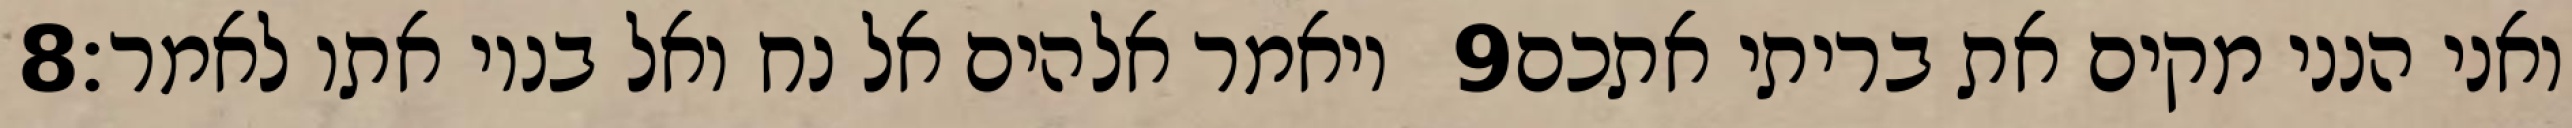
‎8‏ ויאמר אלהים אל נח ואל בניו אתו לאמר׃ ‎9‏ ואני הנני מקים את בריתי אתכם